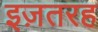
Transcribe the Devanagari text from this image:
इज़तरह